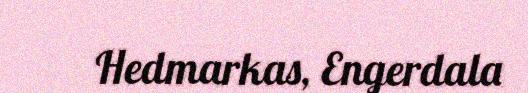
Hedmarkas, Engerdala